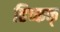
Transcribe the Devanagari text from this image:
हिच्कक्